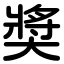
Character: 奬